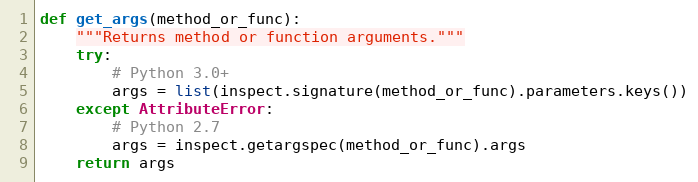
Language: Python
def get_args(method_or_func):
    """Returns method or function arguments."""
    try:
        # Python 3.0+
        args = list(inspect.signature(method_or_func).parameters.keys())
    except AttributeError:
        # Python 2.7
        args = inspect.getargspec(method_or_func).args
    return args